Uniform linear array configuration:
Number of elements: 24
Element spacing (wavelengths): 0.75
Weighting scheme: cosine
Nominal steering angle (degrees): -60
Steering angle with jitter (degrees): -59.984
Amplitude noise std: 0.05
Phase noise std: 0.05

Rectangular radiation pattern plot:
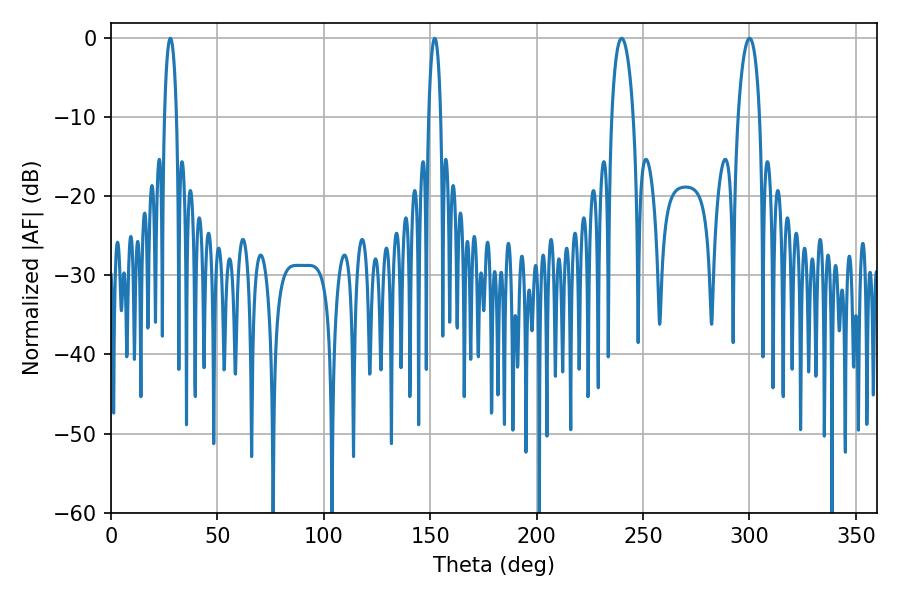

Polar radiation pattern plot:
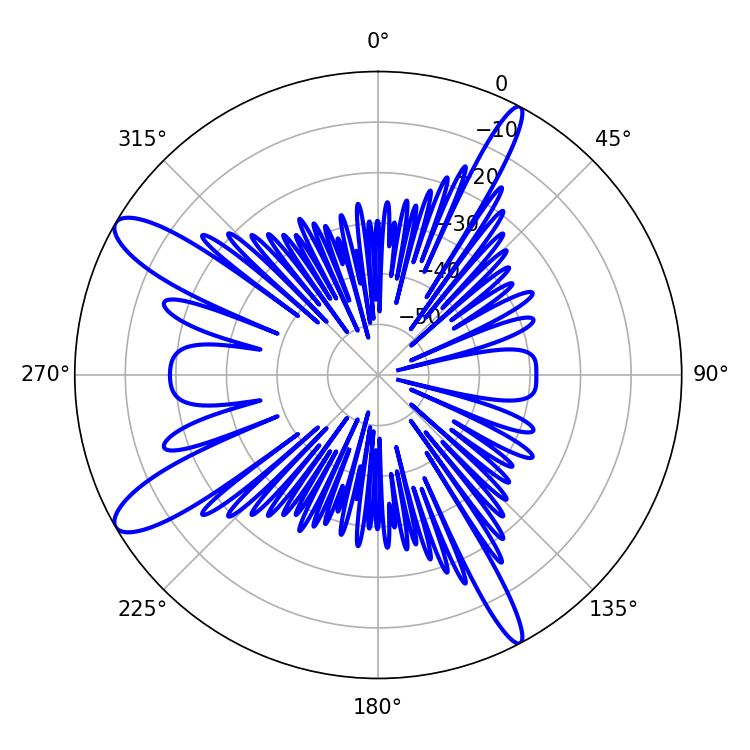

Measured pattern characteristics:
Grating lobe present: TRUE
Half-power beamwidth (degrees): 5.76
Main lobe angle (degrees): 239.94